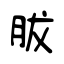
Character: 胈